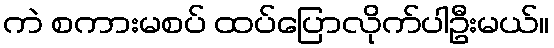
ကဲ စကားမစပ် ထပ်ပြောလိုက်ပါဦးမယ်။